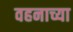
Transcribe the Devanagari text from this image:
वहनाच्या